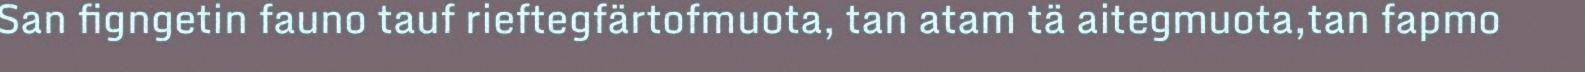
San figngetin fauno tauf rieftegfärtofmuota, tan atam tä aitegmuota,tan fapmo